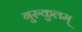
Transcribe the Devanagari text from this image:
गुरुकुलम्